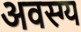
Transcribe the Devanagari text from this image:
अवस्ग्य